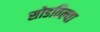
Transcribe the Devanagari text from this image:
सोडविल्या